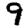
Digit: 9